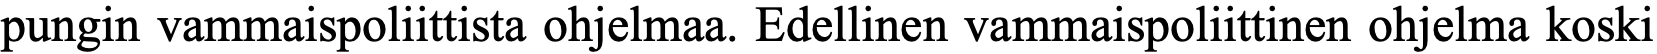
pungin vammaispoliittista ohjelmaa. Edellinen vammaispoliittinen ohjelma koski